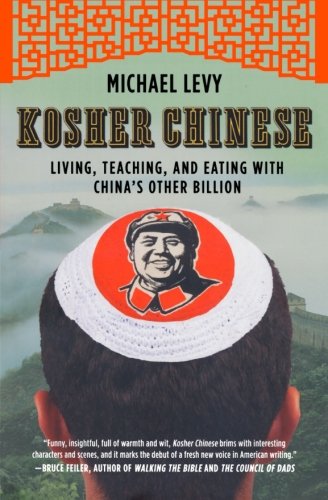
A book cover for Kosher Chinese: Living, Teaching, and Eating with China's Other Billion; Michael Levy; Biographies & Memoirs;